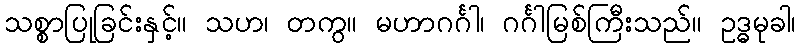
သစ္စာပြုခြင်းနှင့်။ သဟ၊ တကွ။ မဟာဂင်္ဂါ၊ ဂင်္ဂါမြစ်ကြီးသည်။ ဥဒ္ဓမုခါ၊